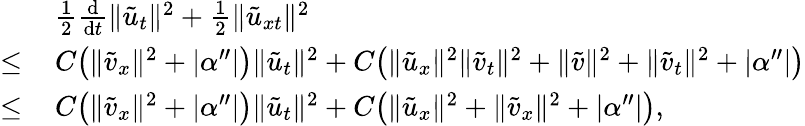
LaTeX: \begin{array}{rl}&{\, \frac 12\frac{\mathrm{d}}{\mathrm{d}t}\| \tilde{u}_{t}\| ^{2}+\frac 12\| {\tilde{u}}_{xt}\| ^{2}}\\ {\le}&{\, C\big(\| {\tilde{v}}_{x}\| ^{2}+|\alpha^{\prime\prime}|\big)\| {\tilde{u}}_{t}\| ^{2}+C\big(\| {\tilde{u}}_{x}\| ^{2}\| {\tilde{v}}_{t}\| ^{2}+\| {\tilde{v}}\| ^{2}+\| {\tilde{v}}_{t}\| ^{2}+|\alpha^{\prime\prime}|\big)}\\ {\le}&{\, C\big(\| {\tilde{v}}_{x}\| ^{2}+|\alpha^{\prime\prime}|\big)\| {\tilde{u}}_{t}\| ^{2}+C\big(\| {\tilde{u}}_{x}\| ^{2}+\| {\tilde{v}}_{x}\| ^{2}+|\alpha^{\prime\prime}|\big),}\end{array}